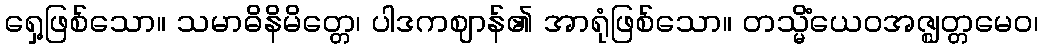
ရှေ့ဖြစ်သော။ သမာဓိနိမိတ္တေ၊ ပါဒကဈာန်၏ အာရုံဖြစ်သော။ တသ္မိံယေဝအဇ္ဈတ္တမေဝ၊